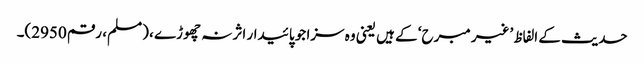
حدیث کے الفاظ ’غیر مبرح‘ کے ہیں یعنی وہ سزا جو پائیدار اثر نہ چھوڑے ، (مسلم، رقم 2950)۔